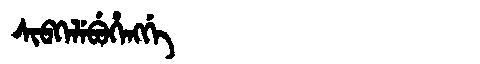
Manchu: ᠰᡳᠪᡴᡝᠯᡝᠪᡠᡥᡝᠩᡤᡝ
Romanization: SIBKELEBUHENGGE